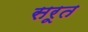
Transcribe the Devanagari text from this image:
सरूत